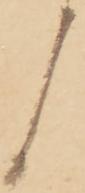
く